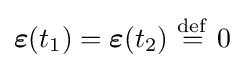
{\boldsymbol {\varepsilon }}(t_{1})={\boldsymbol {\varepsilon }}(t_{2})\ {\stackrel {\mathrm {def} }{=}}\ 0